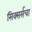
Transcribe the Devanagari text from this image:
सिक्सर्सचा